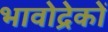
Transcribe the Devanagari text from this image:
भावोद्रेकों